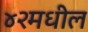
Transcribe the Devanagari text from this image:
४२मधील